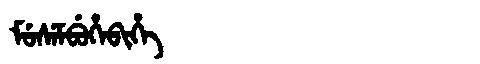
Manchu: ᠮᡠᠰᡝᠮᠪᡠᡥᡝᠪᡳᡥᡝ
Romanization: MUSEMBUHEBIHE